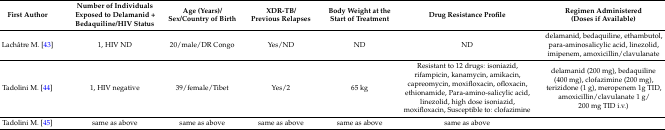
| First Author | Number of Individuals Exposed to Delamanid + Bedaquiline/HIV Status | Age (Years)/Sex/Country of Birth | XDR-TB/Previous Relapses | Body Weight at the Start of Treatment | Drug Resistance Profile | Regimen Administered (Doses if Available) |
 | --- | --- | --- | --- | --- | --- | --- |
 | Lachâtre M. [43] | 1, HIV ND | 20/male/DR Congo | Yes/ND | ND | ND | delamanid, bedaquiline, ethambutol, para-aminosalicylic acid, linezolid, imipenem, amoxicillin/clavulanate |
 | Tadolini M. [44] | 1, HIV negative | 39/female/Tibet | Yes/2 | 65 kg | Resistant to 12 drugs: isoniazid, rifampicin, kanamycin, amikacin, capreomycin, moxifloxacin, ofloxacin, ethionamide, Para-amino-salicylic acid, linezolid, high dose isoniazid, moxifloxacin, Susceptible to: clofazimine | delamanid (200 mg), bedaquiline (400 mg), clofazimine (200 mg), terizidone (1 g), meropenem 1g TID, amoxicillin/clavulanate 1 g/200 mg TID i.v.) |
 | Tadolini M. [45] | same as above | same as above | same as above | same as above | same as above |  |